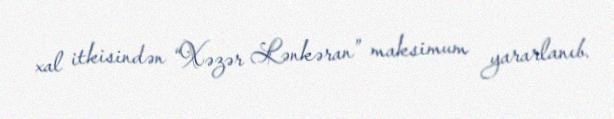
xal itkisindən “Xəzər Lənkəran” maksimum yararlanıb.